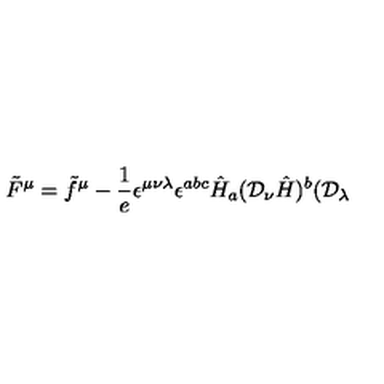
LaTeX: \tilde { F } ^ { \mu } = \tilde { f } ^ { \mu } - \frac { 1 } { e } \epsilon ^ { \mu \nu \lambda } \epsilon ^ { a b c } \hat { H } _ { a } ( { \cal D } _ { \nu } \hat { H } ) ^ { b } ( { \cal D } _ { \lambda }